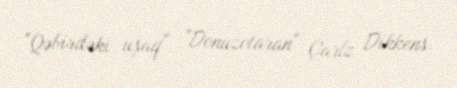
"Qəbirdəki uşaq", "Donuzotaran" Çarlz Dikkens.